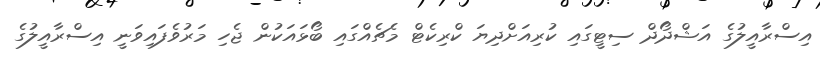
އިސްރާއީލުގެ އަޝްދޯދް ސިޓީގައި ކުރިއަށްދިޔަ ކްރިކެޓް މެޗެއްގައި ބޯޅައަކުން ޖެހި މަރުވެފައިވަނީ އިސްރާއީލުގެ